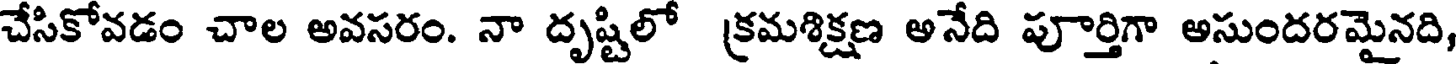
చేసికోవడం చాల అవసరం. నా దృష్టిలో క్రమశిక్షణ అనేది పూర్తిగా అసుందరమైనది,